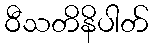
ဝီသတိနိပါတ်